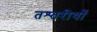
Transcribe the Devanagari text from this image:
तश्तरीयाँ